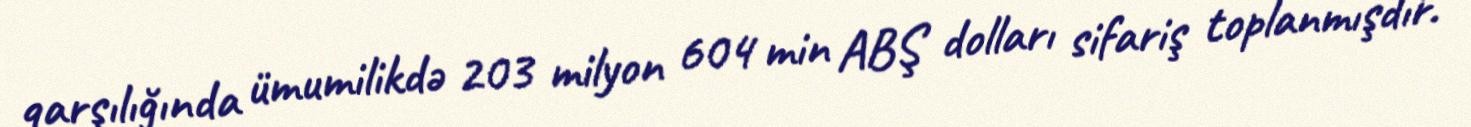
qarşılığında ümumilikdə 203 milyon 604 min ABŞ dolları sifariş toplanmışdır.